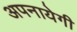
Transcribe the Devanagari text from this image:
अपनायेगी